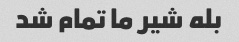
بله شیر ما تمام شد